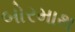
બોરમાથ